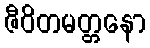
ဇီဝိတမတ္တနော